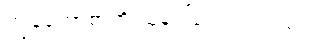
ကျွန်တော့်စာကို သူ့ဒေါ်လေး ပြသဗျ။